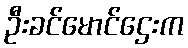
ဦးခင်မောင်ဌေးက